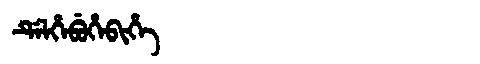
Manchu: ᡩᡝᠯᡥᡝᠪᡠᡥᡝᠪᡳᡥᡝ
Romanization: DELHEBUHEBIHE